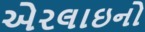
એરલાઇનો